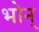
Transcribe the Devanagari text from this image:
भोन्